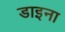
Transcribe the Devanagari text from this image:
डाइना